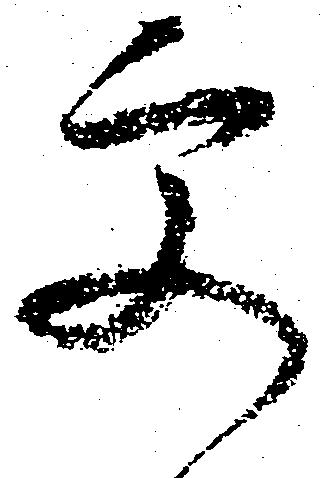
更